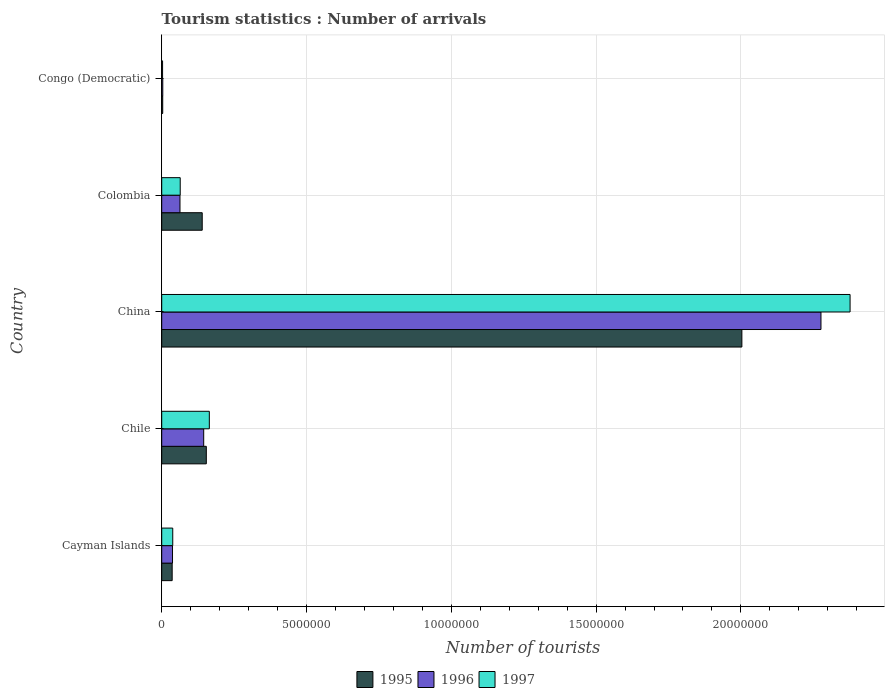
| Country | 1995 | 1996 | 1997 |
 | --- | --- | --- | --- |
 | Cayman Islands | 3.61e+05 | 3.73e+05 | 3.81e+05 |
 | Chile | 1.54e+06 | 1.45e+06 | 1.64e+06 |
 | China | 2e+07 | 2.28e+07 | 2.38e+07 |
 | Colombia | 1.4e+06 | 6.31e+05 | 6.39e+05 |
 | Congo (Democratic) | 3.5e+04 | 3.7e+04 | 3e+04 |